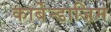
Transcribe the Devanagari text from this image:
कार्बेन्डाजिम